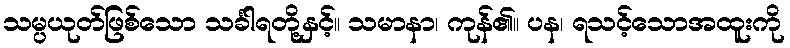
သမ္ပယုတ်ဖြစ်သော သင်္ခါရတို့နှင့်။ သမာနာ၊ ကုန်၏။ ပန၊ ရသင့်သောအထူးကို